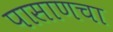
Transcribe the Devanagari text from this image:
पासाणचा